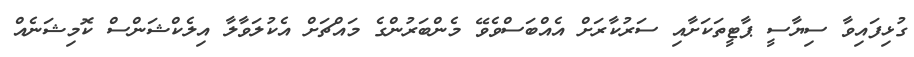
ގުޅިފައިވާ ސިޔާސީ ޕާޓީތަކަށާއި ސަރުކާރަށް އެއްބަސްވެވޭ މެންބަރުންގެ މައްޗަށް އެކުލަވާލާ އިލެކްޝަންސް ކޮމިޝަނެއް